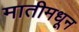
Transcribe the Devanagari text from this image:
मातीमधून